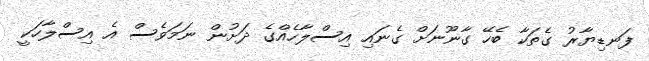
ފަނޑިޔާރު ގެތަކާ ބެހޭ ގާނޫނަށް ގެނައި އިސްލާހެއްގެ ދަށުން ނަމަވެސް އެ އިސްލާހަކީ